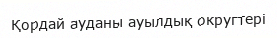
Қордай ауданы ауылдық округтері